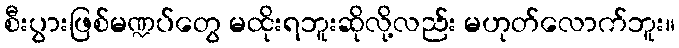
စီးပွားဖြစ်မဏ္ဍပ်တွေ မထိုးရဘူးဆိုလို့လည်း မဟုတ်လောက်ဘူး။